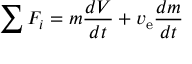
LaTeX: \sum F _ { i } = m { \frac { d V } { d t } } + v _ { \mathrm { e } } { \frac { d m } { d t } }